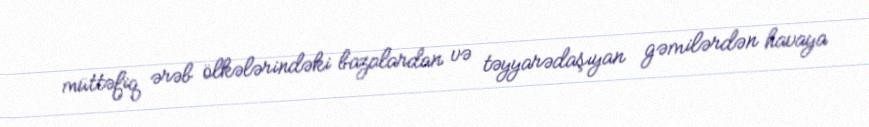
müttəfiq ərəb ölkələrindəki bazalardan və təyyarədaşıyan gəmilərdən havaya